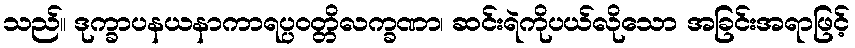
သည်။ ဒုက္ခာပနယနာကာရပ္ပဝတ္တိလက္ခဏာ၊ ဆင်းရဲကိုပယ်လိုသော အခြင်းအရာဖြင့်